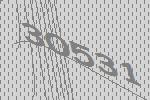
30531